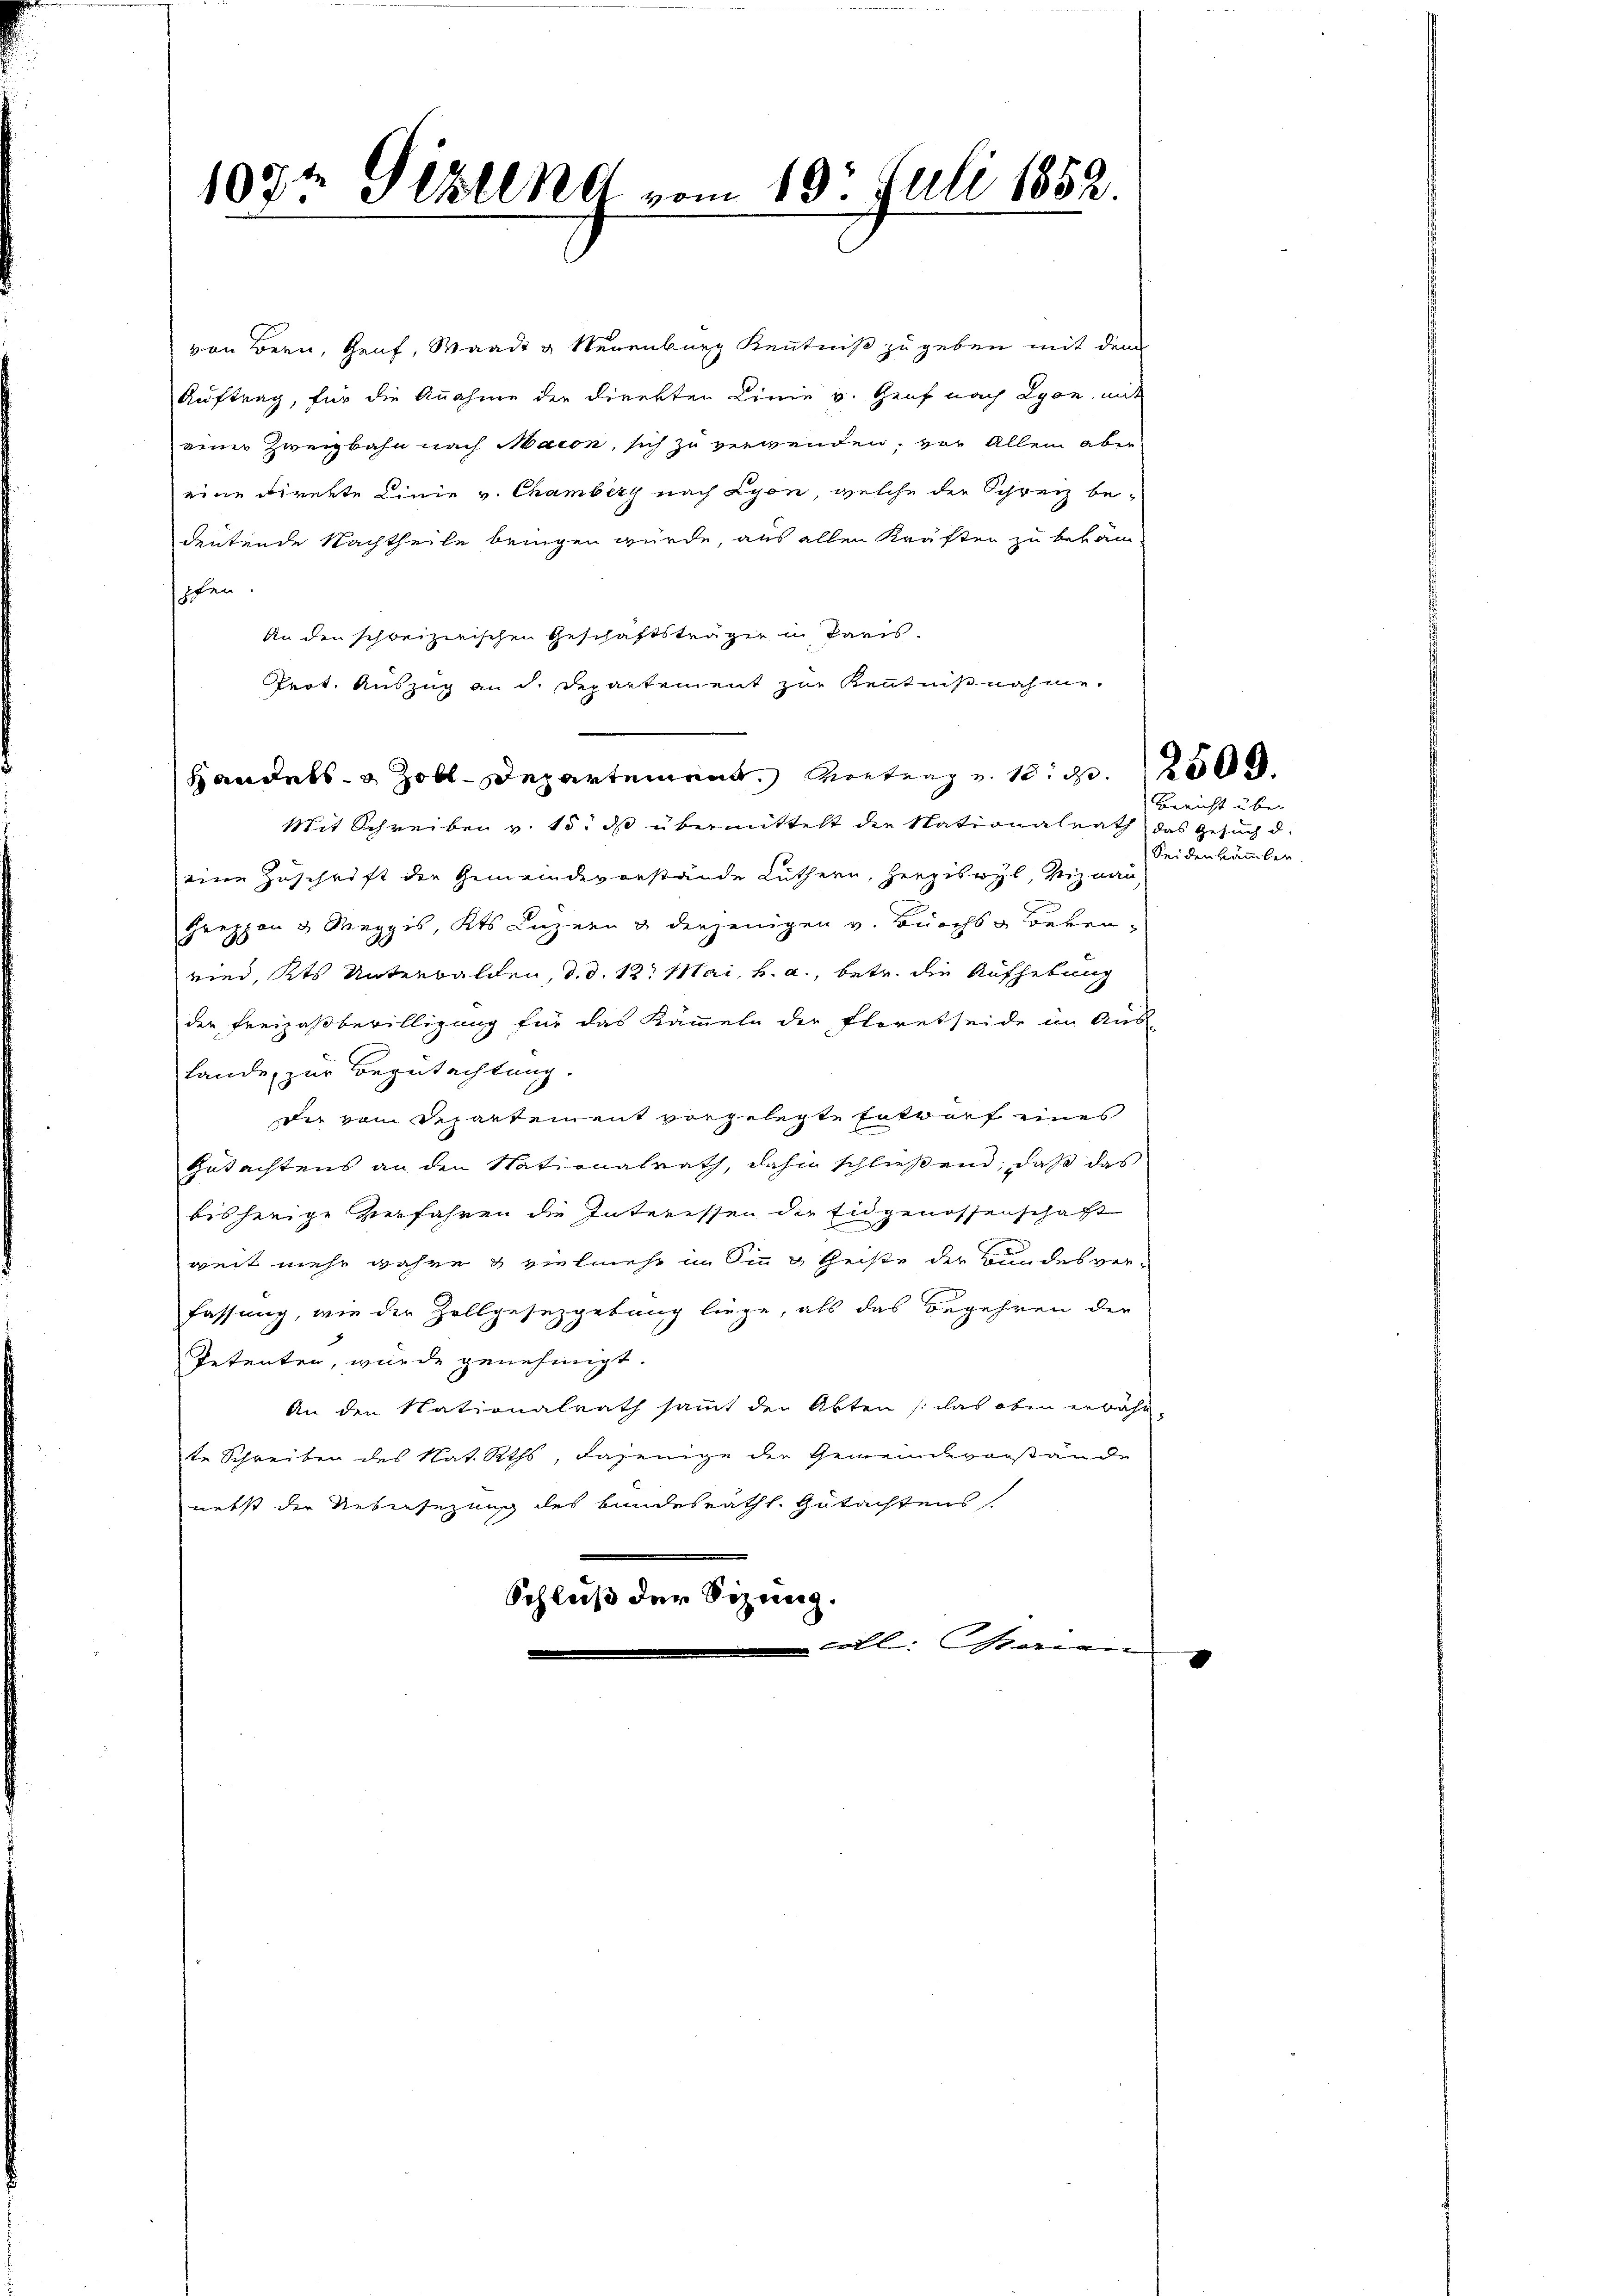
1072 Ställnd vom 10t Juli 1852.

von Bern, Genf, Waadt u Neuenburg Kenntniß zu geben mit dem
Auftrag, für die Annahme der Direkten Linie v. Genf nach Lyon, mit
einer Zweigbahn nach Maion, sich zu verwenden, vor Allem aber
eine Direkte Linie v. Chamberg nach Lyon, welche der Schreiz bedeutende Nachtheile bringen wurde, aus allen Kräften zu bekam-
schen.
An den schweizerischen Geschäftsträger in Paris.
Prot. Auszug an d. Departement zur Kenntnißnahme.
Handels- & Zolldepartement Vertrag u. 120
Mit Schreiben v. 15. ds übermittelt die Nationalrath das Gesuch d.
eine Zuschrift der Gemeindevorstände Lüthern, Herziswyl, Viznau
Greppen 3 Meggis, Kts. Luzern & derjenigen v. Burchs Bekenried, Kts. Unterbalden, d. d. 12. Mai, b. a., betr. die Aufhebung
der Freizaßbewilligung für das Kammeln der Floretseide im Aus-
Lande, zur Begutachtung.
der vom Departement vorgelegte Entwurf eines
Gutachtens an den Stationalrath, dahin schließend, daß das
bisherige Verfahren die Interessen der Eidgenossenschaft
weit mehr Jahre & vielmehr im Sinn & Geiste der Bundesver-
fassung, wie der Zollgesetzgebung liege, als das Begehren der
Petenten, wurde genehmigt.
An den Nationalrath sammt der Akten (das oben erwähn
te Schreiben des Nat. Rths, dasjenige der Gemeindevorstände
nebst der Uebersezung des bundesräthl. Gutachtens
.
Schluß der Sitzung.
l. ein

Seiden kämmler

Bericht über